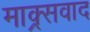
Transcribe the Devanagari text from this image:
माक्र्सवाद